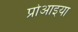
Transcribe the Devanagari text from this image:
प्रोआइया